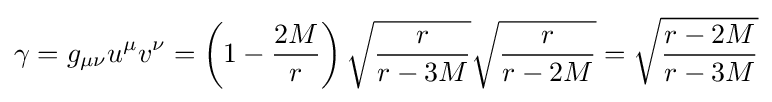
\gamma =g_{\mu \nu }u^{\mu }v^{\nu }=\left(1-{\frac {2M}{r}}\right){\sqrt {\frac {r}{r-3M}}}{\sqrt {\frac {r}{r-2M}}}={\sqrt {\frac {r-2M}{r-3M}}}